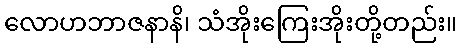
လောဟဘာဇနာနိ၊ သံအိုးကြေးအိုးတို့တည်း။